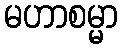
မဟာစမ္မာ